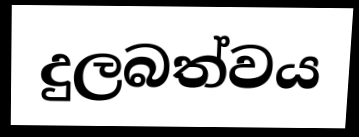
දුලබත්වය